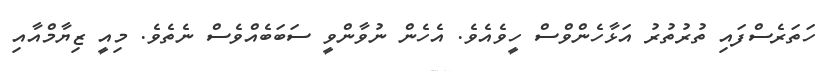
ހަތަރެސްފައި ތުރުުތުރު އަޅާހެންވްސް ހީވެއެވެ. އެހެން ނުވާންވީ ސަބަބެއްވެސް ނެތެވެ. މިއީ ޒިޔާމްއާއި